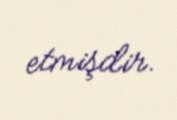
etmişdir.